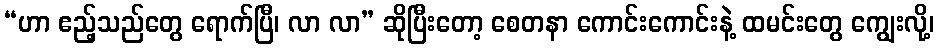
“ဟာ ဧည့်သည်တွေ ရောက်ပြီ၊ လာ လာ” ဆိုပြီးတော့ စေတနာ ကောင်းကောင်းနဲ့ ထမင်းတွေ ကျွေးလို့၊